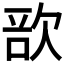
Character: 𣣂